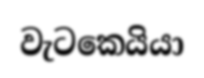
වැටකෙයියා